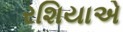
રશિયાએ